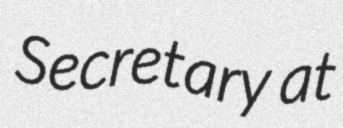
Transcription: Secretary at